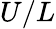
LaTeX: U/L